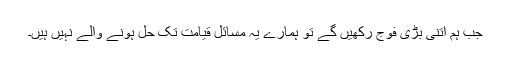
جب ہم اتنی بڑی فوج رکھیں گے تو ہمارے یہ مسائل قیامت تک حل ہونے والے نہیں ہیں۔